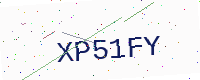
Text: XP51FY